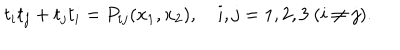
LaTeX: t _ { i } t _ { j } + t _ { j } t _ { i } = P _ { i j } ( x _ { 1 } , x _ { 2 } ) , ~ i , j = 1 , 2 , 3 ~ ( i \neq j ) .